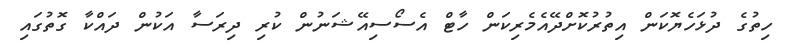
ހިތުގެ ދުޅަހެޔޮކަން އިތުރުކޮށްދޭއެމެރިކަން ހާޓް އެސޯސިއޭޝަނުން ކުރި ދިރަސާ އަކުން ދައްކާ ގޮތުގައި